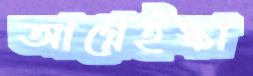
আগ্নেইস্কা